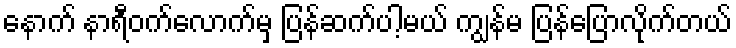
နောက် နာရီဝက်လောက်မှ ပြန်ဆက်ပါ့မယ် ကျွန်မ ပြန်ပြောလိုက်တယ်